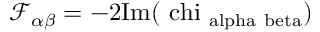
\mathcal { F } _ { \alpha \beta } = - 2 \mathrm { { I m } ( \ c h i _ { \ a l p h a \ b e t a } ) }